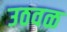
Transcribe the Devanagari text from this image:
उठवळ